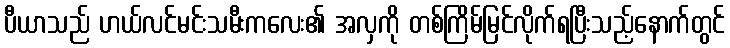
ပီယာသည် ဟယ်လင်မင်းသမီးကလေး၏ အလှကို တစ်ကြိမ်မြင်လိုက်ရပြီးသည့်နောက်တွင်